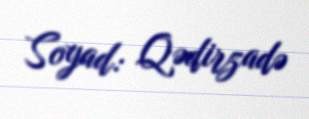
Soyad: Qədirzadə